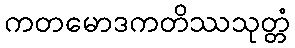
ကတမောဒကတိဿသုတ္တံ